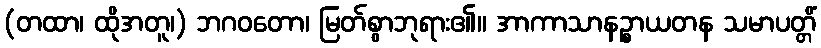
(တထာ၊ ထိုအတူ၊) ဘဂဝတော၊ မြတ်စွာဘုရား၏။ အာကာသာနဉ္စာယတန သမာပတ္တိံ